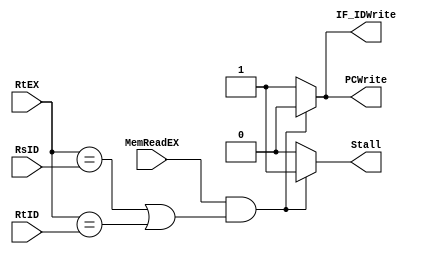
`timescale 1ns / 1ps
//////////////////////////////////////////////////////////////////////////////////
// Company: 
// 
// Design Name: 
// Module Name:     HAZARD DETECTION UNIT
// Project Name: 

// Revision: 
// Revision 0.01 - File Created
// Additional Comments: 
//
//////////////////////////////////////HAZARD DETECTION UNIT//////////////////////////////
module MIPS_HAZARD(
	input   MemReadEX,
	input   [4:0] RtEX,	
	input   [4:0] RsID,	
	input   [4:0] RtID,	
	output	reg PCWrite,
	output	reg IF_IDWrite,
	output	reg Stall
);
	// HAZARD DETECTION UNIT USED TO INTRODUCE STALL FOR LOAD-USE CASE HAZARD
	always @(MemReadEX, RtEX, RsID, RtID )
	begin
		if((MemReadEX ==1'b1) && ((RtEX == RsID) || (RtEX == RtID)) ) begin
			PCWrite = 1'b0;
			IF_IDWrite = 1'b0;
			Stall = 1'b1;

		end
		else begin
			PCWrite = 1'b1;
			IF_IDWrite = 1'b1;
			Stall = 1'b0;

		end
	end

endmodule